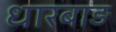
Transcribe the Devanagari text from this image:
धारबाड़